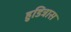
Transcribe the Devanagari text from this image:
हुडित्रास